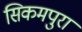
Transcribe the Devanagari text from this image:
सिकमपुरा